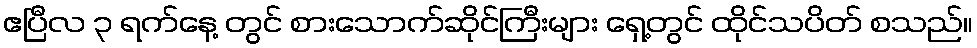
ဧပြီလ ၃ ရက်နေ့ တွင် စားသောက်ဆိုင်ကြီးများ ရှေ့တွင် ထိုင်သပိတ် စသည်။